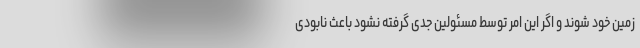
زمین خود شوند و اگر این امر توسط مسئولین جدی گرفته نشود باعث نابودی